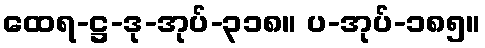
ထေရ-ဋ္ဌ-ဒု-အုပ်-၃၁၈။ ပ-အုပ်-၁၈၅။